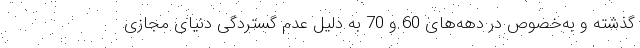
گذشته و به‌خصوص در دهه‌های 60 و 70 به دلیل عدم گستردگی دنیای مجازی